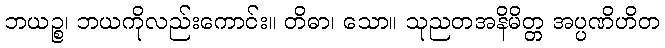
ဘယဉ္စ၊ ဘယကိုလည်းကောင်း။ တိဓာ၊ သော။ သုညတအနိမိတ္တ အပ္ပဏိဟိတ